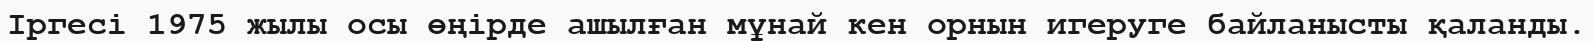
Іргесі 1975 жылы осы өңірде ашылған мұнай кен орнын игеруге байланысты қаланды.